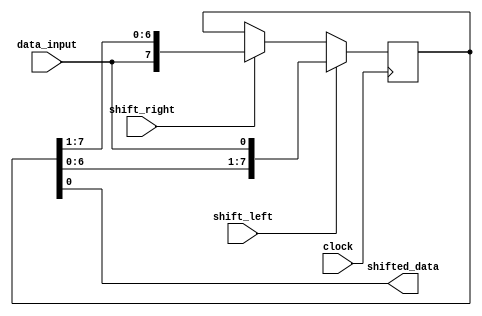
module shift_register (
    input wire data_input,
    input wire clock,
    input wire shift_left,
    input wire shift_right,
    output reg shifted_data
);

reg [7:0] register;

always @(posedge clock) begin
    if (shift_left) begin
        register <= {register[6:0], data_input};
    end else if (shift_right) begin
        register <= {data_input, register[7:1]};
    end else begin
        register <= register;
    end
end

assign shifted_data = register;

endmodule